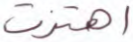
اهتزت